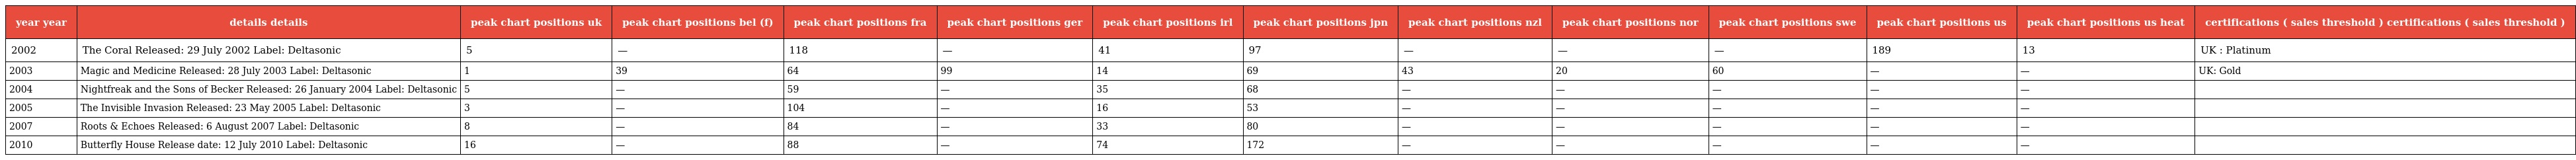
| year year | details details | peak chart positions uk | peak chart positions bel (f) | peak chart positions fra | peak chart positions ger | peak chart positions irl | peak chart positions jpn | peak chart positions nzl | peak chart positions nor | peak chart positions swe | peak chart positions us | peak chart positions us heat | certifications ( sales threshold ) certifications ( sales threshold ) |
 | --- | --- | --- | --- | --- | --- | --- | --- | --- | --- | --- | --- | --- | --- |
 | 2002 | The Coral Released: 29 July 2002 Label: Deltasonic | 5 | — | 118 | — | 41 | 97 | — | — | — | 189 | 13 | UK : Platinum |
 | 2003 | Magic and Medicine Released: 28 July 2003 Label: Deltasonic | 1 | 39 | 64 | 99 | 14 | 69 | 43 | 20 | 60 | — | — | UK: Gold |
 | 2004 | Nightfreak and the Sons of Becker Released: 26 January 2004 Label: Deltasonic | 5 | — | 59 | — | 35 | 68 | — | — | — | — | — |  |
 | 2005 | The Invisible Invasion Released: 23 May 2005 Label: Deltasonic | 3 | — | 104 | — | 16 | 53 | — | — | — | — | — |  |
 | 2007 | Roots & Echoes Released: 6 August 2007 Label: Deltasonic | 8 | — | 84 | — | 33 | 80 | — | — | — | — | — |  |
 | 2010 | Butterfly House Release date: 12 July 2010 Label: Deltasonic | 16 | — | 88 | — | 74 | 172 | — | — | — | — | — |  |